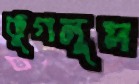
ভুগলুম